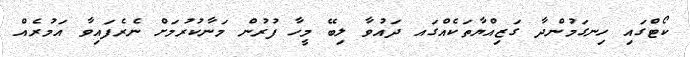
ކޯޓްގައި ހިނގަމުންދާ ގަޒިއްޔާތަކެއްގައ ދައުވާ ލިބޭ މީހާ ފުރުން މަނާކުރުމަށް ނެރެފައިވާ އަމުރެއް